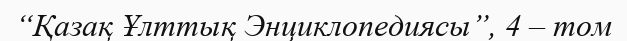
“Қазақ Ұлттық Энциклопедиясы”, 4 – том